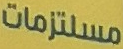
مستلزمات